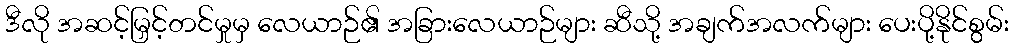
ဒီလို အဆင့်မြှင့်တင်မှုမှ လေယာဉ်၏ အခြားလေယာဉ်များ ဆီသို့ အချက်အလက်များ ပေးပို့နိုင်စွမ်း